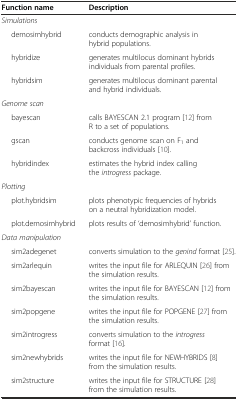
| Function name | Description |
 | --- | --- |
 | Simulations |  |
 | demosimhybrid | conducts demographic analysis in hybrid populations. |
 | hybridize | generates multilocus dominant hybrids individuals from parental profiles. |
 | hybridsim | generates multilocus dominant parental and hybrid individuals. |
 | Genome scan |  |
 | bayescan | calls Bayescan 2.1 program [12] from R to a set of populations. |
 | gscan | conducts genome scan on F1 and backcross individuals [10]. |
 | hybridindex | estimates the hybrid index calling the introgress package. |
 | Plotting |  |
 | plot.hybridsim | plots phenotypic frequencies of hybrids on a neutral hybridization model. |
 | plot.demosimhybrid | plots results of ‘demosimhybrid’ function. |
 | Data manipulation |  |
 | sim2adegenet | converts simulation to the genind format [25]. |
 | sim2arlequin | writes the input file for Arlequin[26] from the simulation results. |
 | sim2bayescan | writes the input file for Bayescan[12] from the simulation results. |
 | sim2popgene | writes the input file for Popgene[27] from the simulation results. |
 | sim2introgress | converts simulation to the introgress format [16]. |
 | sim2newhybrids | writes the input file for Newhybrids[8] from the simulation results. |
 | sim2structure | writes the input file for Structure[28] from the simulation results. |